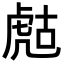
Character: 𧆻